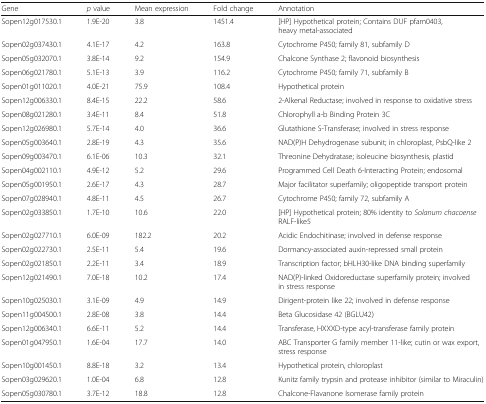
<table><thead><tr><td><b>Gene</b></td><td><b><i>p</i> value</b></td><td><b>Mean expression</b></td><td><b>Fold change</b></td><td><b>Annotation</b></td></tr></thead><tbody><tr><td>Sopen12g017530.1</td><td>1.9E-20</td><td>3.8</td><td>1451.4</td><td>[HP] Hypothetical protein; Contains DUF pfam0403, heavy metal-associated</td></tr><tr><td>Sopen02g037430.1</td><td>4.1E-17</td><td>4.2</td><td>163.8</td><td>Cytochrome P450; family 81, subfamily D</td></tr><tr><td>Sopen05g032070.1</td><td>3.8E-14</td><td>9.2</td><td>154.9</td><td>Chalcone Synthase 2; flavonoid biosynthesis</td></tr><tr><td>Sopen06g021780.1</td><td>5.1E-13</td><td>3.9</td><td>116.2</td><td>Cytochrome P450; family 71, subfamily B</td></tr><tr><td>Sopen01g011020.1</td><td>4.0E-21</td><td>75.9</td><td>108.4</td><td>Hypothetical protein</td></tr><tr><td>Sopen12g006330.1</td><td>8.4E-15</td><td>22.2</td><td>58.6</td><td>2-Alkenal Reductase; involved in response to oxidative stress</td></tr><tr><td>Sopen08g021280.1</td><td>3.4E-11</td><td>8.4</td><td>51.8</td><td>Chlorophyll a-b Binding Protein 3C</td></tr><tr><td>Sopen12g026980.1</td><td>5.7E-14</td><td>4.0</td><td>36.6</td><td>Glutathione S-Transferase; involved in stress response</td></tr><tr><td>Sopen05g003640.1</td><td>2.8E-19</td><td>4.3</td><td>35.6</td><td>NAD(P)H Dehydrogenase subunit; in chloroplast, PsbQ-like 2</td></tr><tr><td>Sopen09g003470.1</td><td>6.1E-06</td><td>10.3</td><td>32.1</td><td>Threonine Dehydratase; isoleucine biosynthesis, plastid</td></tr><tr><td>Sopen04g002110.1</td><td>4.9E-12</td><td>5.2</td><td>29.6</td><td>Programmed Cell Death 6-Interacting Protein; endosomal</td></tr><tr><td>Sopen05g001950.1</td><td>2.6E-17</td><td>4.3</td><td>28.7</td><td>Major facilitator superfamily; oligopeptide transport protein</td></tr><tr><td>Sopen07g028940.1</td><td>4.8E-11</td><td>4.5</td><td>26.7</td><td>Cytochrome P450; family 72, subfamily A</td></tr><tr><td>Sopen02g033850.1</td><td>1.7E-10</td><td>10.6</td><td>22.0</td><td>[HP] Hypothetical protein; 80% identity to <i>Solanum chacoense</i> RALF-like5</td></tr><tr><td>Sopen02g027710.1</td><td>6.0E-09</td><td>182.2</td><td>20.2</td><td>Acidic Endochitinase; involved in defense response</td></tr><tr><td>Sopen02g022730.1</td><td>2.5E-11</td><td>5.4</td><td>19.6</td><td>Dormancy-associated auxin-repressed small protein</td></tr><tr><td>Sopen02g021850.1</td><td>2.2E-11</td><td>3.4</td><td>18.9</td><td>Transcription factor; bHLH30-like DNA binding superfamily</td></tr><tr><td>Sopen12g021490.1</td><td>7.0E-18</td><td>10.2</td><td>17.4</td><td>NAD(P)-linked Oxidoreductase superfamily protein; involved in stress response</td></tr><tr><td>Sopen10g025030.1</td><td>3.1E-09</td><td>4.9</td><td>14.9</td><td>Dirigent-protein like 22; involved in defense response</td></tr><tr><td>Sopen11g004500.1</td><td>2.8E-08</td><td>3.8</td><td>14.4</td><td>Beta Glucosidase 42 (BGLU42)</td></tr><tr><td>Sopen12g006340.1</td><td>6.6E-11</td><td>5.2</td><td>14.4</td><td>Transferase, HXXXD-type acyl-transferase family protein</td></tr><tr><td>Sopen01g047950.1</td><td>1.6E-04</td><td>17.7</td><td>14.0</td><td>ABC Transporter G family member 11-like; cutin or wax export, stress response</td></tr><tr><td>Sopen10g001450.1</td><td>8.8E-18</td><td>3.2</td><td>13.4</td><td>Hypothetical protein, chloroplast</td></tr><tr><td>Sopen03g029620.1</td><td>1.0E-04</td><td>6.8</td><td>12.8</td><td>Kunitz family trypsin and protease inhibitor (similar to Miraculin)</td></tr><tr><td>Sopen05g030780.1</td><td>3.7E-12</td><td>18.8</td><td>12.8</td><td>Chalcone-Flavanone Isomerase family protein</td></tr></tbody></table>